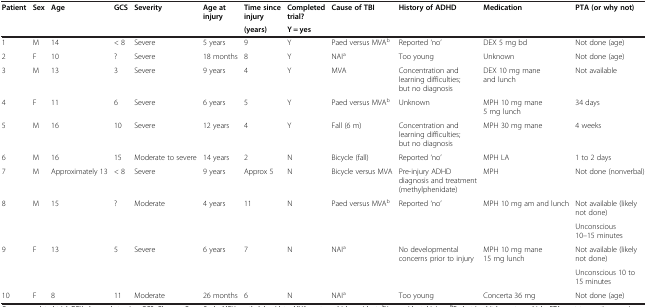
<table><thead><tr><td><b>Patient</b></td><td><b>Sex</b></td><td><b>Age</b></td><td><b>GCS</b></td><td><b>Severity</b></td><td><b>Age at injury</b></td><td><b>Time since injury</b></td><td><b>Completed trial?</b></td><td><b>Cause of TBI</b></td><td><b>History of ADHD</b></td><td><b>Medication</b></td><td><b>PTA (or why not)</b></td></tr><tr><td><b> </b></td><td><b> </b></td><td><b> </b></td><td><b> </b></td><td><b> </b></td><td><b> </b></td><td><b>(years)</b></td><td><b>Y = yes</b></td><td><b> </b></td><td><b> </b></td><td><b> </b></td><td><b> </b></td></tr></thead><tbody><tr><td>1</td><td>M</td><td>14</td><td>&lt; 8</td><td>Severe</td><td>5 years</td><td>9</td><td>Y</td><td>Paed versus MVA<sup>b</sup></td><td>Reported &#x27;no’</td><td>DEX 5 mg bd</td><td>Not done (age)</td></tr><tr><td>2</td><td>F</td><td>10</td><td>?</td><td>Severe</td><td>18 months</td><td>8</td><td>Y</td><td>NAI<sup>a</sup></td><td>Too young</td><td>Unknown</td><td>Not done (age)</td></tr><tr><td>3</td><td>M</td><td>13</td><td>3</td><td>Severe</td><td>9 years</td><td>4</td><td>Y</td><td>MVA</td><td>Concentration and learning difficulties; but no diagnosis</td><td>DEX 10 mg mane and lunch</td><td>Not available</td></tr><tr><td>4</td><td>F</td><td>11</td><td>6</td><td>Severe</td><td>6 years</td><td>5</td><td>Y</td><td>Paed versus MVA<sup>b</sup></td><td>Unknown</td><td>MPH 10 mg mane 5 mg lunch</td><td>34 days</td></tr><tr><td>5</td><td>M</td><td>16</td><td>10</td><td>Severe</td><td>12 years</td><td>4</td><td>Y</td><td>Fall (6 m)</td><td>Concentration and learning difficulties; but no diagnosis</td><td>MPH 30 mg mane</td><td>4 weeks</td></tr><tr><td>6</td><td>M</td><td>16</td><td>15</td><td>Moderate to severe</td><td>14 years</td><td>2</td><td>N</td><td>Bicycle (fall)</td><td>Reported &#x27;no’</td><td>MPH LA</td><td>1 to 2 days</td></tr><tr><td>7</td><td>M</td><td>Approximately 13</td><td>&lt; 8</td><td>Severe</td><td>9 years</td><td>Approx 5</td><td>N</td><td>Bicycle versus MVA</td><td>Pre-injury ADHD diagnosis and treatment (methylphenidate)</td><td>MPH</td><td>Not done (nonverbal)</td></tr><tr><td rowspan="2">8</td><td rowspan="2">M</td><td rowspan="2">15</td><td rowspan="2">?</td><td rowspan="2">Moderate</td><td rowspan="2">4 years</td><td rowspan="2">11</td><td rowspan="2">N</td><td rowspan="2">Paed versus MVA<sup>b</sup></td><td rowspan="2">Reported &#x27;no’</td><td rowspan="2">MPH 10 mg am and lunch</td><td>Not available (likely not done)</td></tr><tr><td>Unconscious 10–15 minutes</td></tr><tr><td rowspan="2">9</td><td rowspan="2">F</td><td rowspan="2">13</td><td rowspan="2">5</td><td rowspan="2">Severe</td><td rowspan="2">6 years</td><td rowspan="2">7</td><td rowspan="2">N</td><td rowspan="2">NAI<sup>a</sup></td><td rowspan="2">No developmental concerns prior to injury</td><td rowspan="2">MPH 10 mg mane 15 mg lunch</td><td>Not available (likely not done)</td></tr><tr><td>Unconscious 10 to 15 minutes</td></tr><tr><td>10</td><td>F</td><td>8</td><td>11</td><td>Moderate</td><td>26 months</td><td>6</td><td>N</td><td>NAI<sup>a</sup></td><td>Too young</td><td>Concerta 36 mg</td><td>Not done (age)</td></tr></tbody></table>